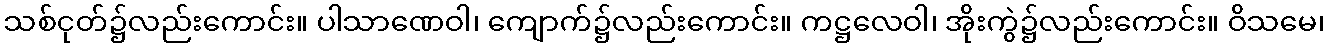
သစ်ငုတ်၌လည်းကောင်း။ ပါသာဏေဝါ၊ ကျောက်၌လည်းကောင်း။ ကဋ္ဌလေဝါ၊ အိုးကွဲ၌လည်းကောင်း။ ဝိသမေ၊